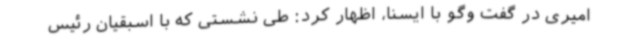
امیری در گفت وگو با ایسنا، اظهار کرد: طی نشستی که با اسبقیان رئیس